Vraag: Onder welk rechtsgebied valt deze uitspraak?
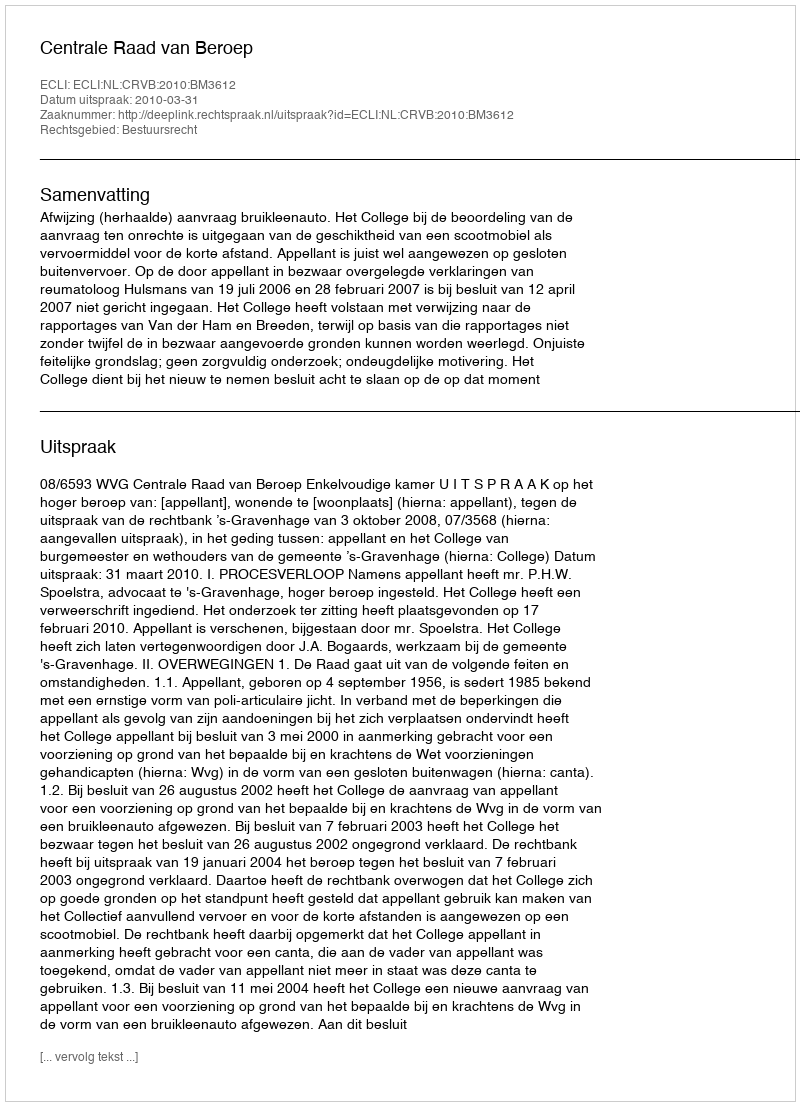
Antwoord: Bestuursrecht